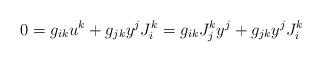
LaTeX: \begin{align*} 0=g_{ik} u^k + g_{jk}y^j J^k_i=g_{ik} J^k_jy^j + g_{jk}y^j J^k_i\end{align*}